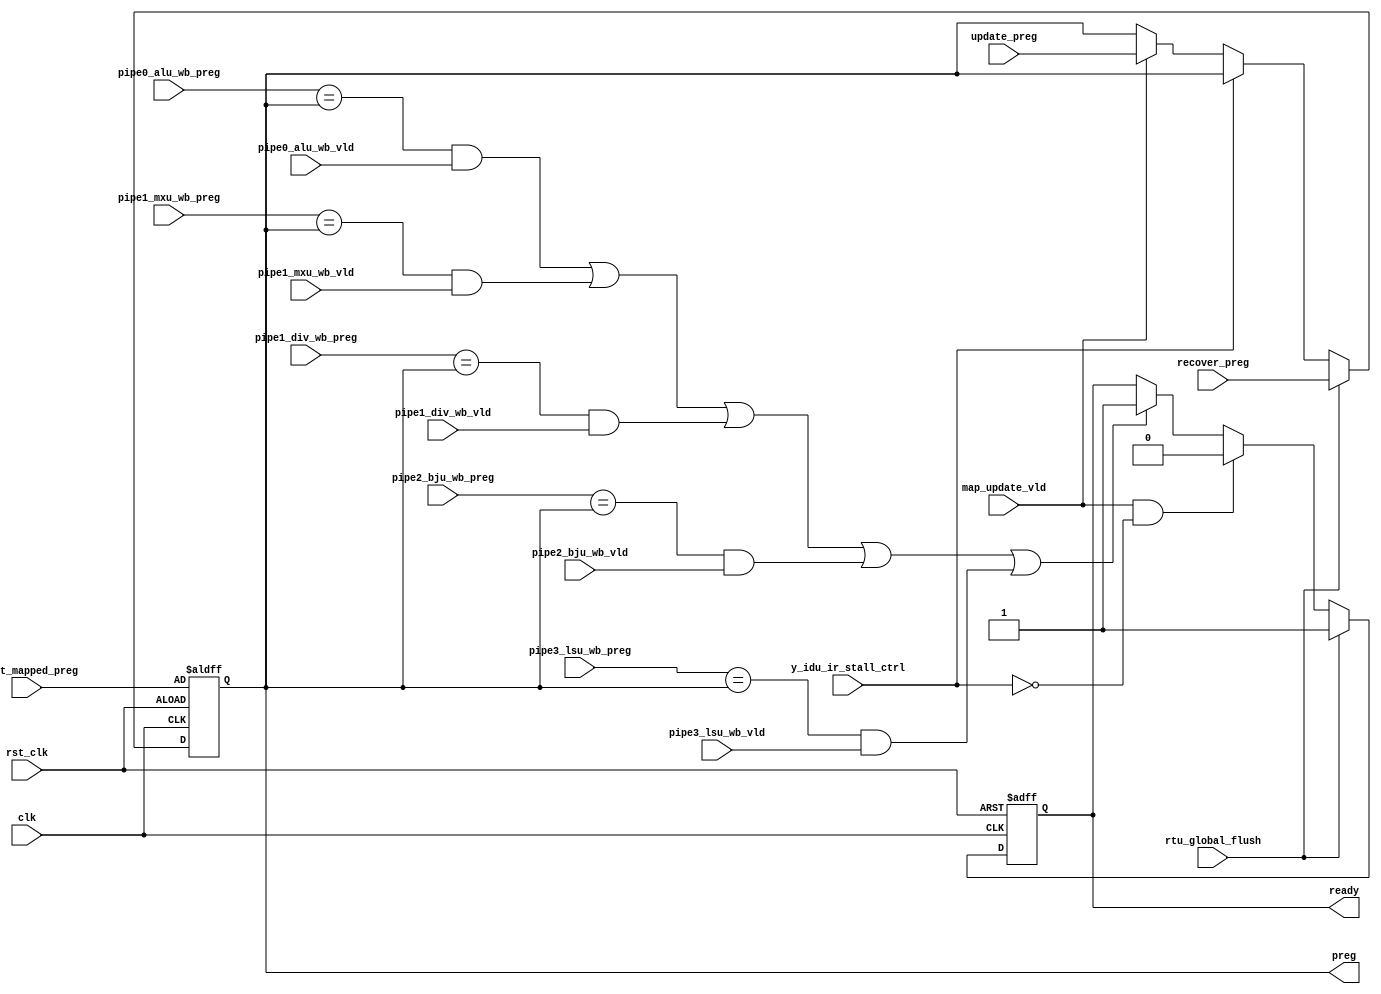
module idu_ir_rt_entry(
    clk,
    rst_clk,
    rtu_global_flush,
    y_idu_ir_stall_ctrl,
    recover_preg,
    reset_mapped_preg,
    map_update_vld,
    update_preg,
    pipe0_alu_wb_vld,
    pipe0_alu_wb_preg,
    pipe1_mxu_wb_vld,
    pipe1_mxu_wb_preg,
    pipe1_div_wb_vld,
    pipe1_div_wb_preg,
    pipe2_bju_wb_vld,
    pipe2_bju_wb_preg,
    pipe3_lsu_wb_vld,
    pipe3_lsu_wb_preg,
    preg,
    ready
);
    // &Ports;
    input         clk;
    input         rst_clk;
    input         rtu_global_flush;
    input         y_idu_ir_stall_ctrl;
    input  [5 :0] recover_preg;
    input  [5 :0] reset_mapped_preg;
    input         map_update_vld;
    input  [5 :0] update_preg;
    input         pipe0_alu_wb_vld;
    input  [5 :0] pipe0_alu_wb_preg;
    input         pipe1_mxu_wb_vld;
    input  [5 :0] pipe1_mxu_wb_preg;
    input         pipe1_div_wb_vld;
    input  [5 :0] pipe1_div_wb_preg;
    input         pipe2_bju_wb_vld;
    input  [5 :0] pipe2_bju_wb_preg;
    input         pipe3_lsu_wb_vld;
    input  [5 :0] pipe3_lsu_wb_preg;
    output [5 :0] preg;
    output        ready;

    // &Regs;
    reg [5 :0] preg;
    reg        ready;

    // &Wires;
    wire        clk;
    wire        rst_clk;
    wire        rtu_global_flush;
    wire        y_idu_ir_stall_ctrl;
    wire [5 :0] recover_preg;
    wire [5 :0] reset_mapped_preg;
    wire        map_update_vld;
    wire [5 :0] update_preg;
    wire        pipe0_alu_wb_vld;
    wire [5 :0] pipe0_alu_wb_preg;
    wire        pipe1_mxu_wb_vld;
    wire [5 :0] pipe1_mxu_wb_preg;
    wire        pipe1_div_wb_vld;
    wire [5 :0] pipe1_div_wb_preg;
    wire        pipe2_bju_wb_vld;
    wire [5 :0] pipe2_bju_wb_preg;
    wire        pipe3_lsu_wb_vld;
    wire [5 :0] pipe3_lsu_wb_preg;
    wire        alu_ready_match;
    wire        mxu_ready_match;
    wire        div_ready_match;
    wire        bju_ready_match;
    wire        lsu_ready_match;
    wire        ready_vld;

    always @(posedge clk or negedge rst_clk)
    begin
        if (!rst_clk)
            preg <= reset_mapped_preg;
        else if (rtu_global_flush)
            preg <= recover_preg;
        else if (y_idu_ir_stall_ctrl)
            preg <= preg;
        else if (map_update_vld)
            preg <= update_preg;
        else
            preg <= preg;
    end

    assign alu_ready_match = (pipe0_alu_wb_preg == preg);
    assign mxu_ready_match = (pipe1_mxu_wb_preg == preg);
    assign div_ready_match = (pipe1_div_wb_preg == preg);
    assign bju_ready_match = (pipe2_bju_wb_preg == preg);
    assign lsu_ready_match = (pipe3_lsu_wb_preg == preg);
    assign ready_vld       = (alu_ready_match & pipe0_alu_wb_vld)
                           | (mxu_ready_match & pipe1_mxu_wb_vld)
                           | (div_ready_match & pipe1_div_wb_vld)
                           | (bju_ready_match & pipe2_bju_wb_vld)
                           | (lsu_ready_match & pipe3_lsu_wb_vld);

    always @(posedge clk or negedge rst_clk)
    begin
        if (!rst_clk)
            ready <= 1;
        else if (rtu_global_flush)
            ready <= 1;
        else if (map_update_vld & ~y_idu_ir_stall_ctrl)
            ready <= 0;
        else if (ready_vld)
            ready <= 1;
        else
            ready <= ready;
    end

endmodule